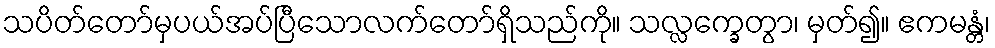
သပိတ်တော်မှပယ်အပ်ပြီသောလက်တော်ရှိသည်ကို။ သလ္လက္ခေတွာ၊ မှတ်၍။ ဧကမန္တံ၊